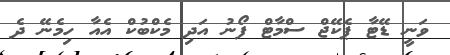
ވަނީ ޑޭޓާ ޕެކޭޖް ސްމާޓް ފޯނު އަދި މެކްބުކް އެއާ ހިމެނޭ ދެ